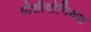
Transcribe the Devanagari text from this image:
पोसीदोनियस